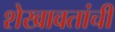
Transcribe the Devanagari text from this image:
शेखावतांची